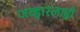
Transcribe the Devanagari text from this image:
जव्हारलाही